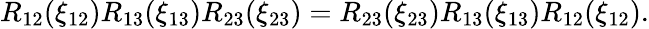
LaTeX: R_{12}(\xi_{12})R_{13}(\xi_{13})R_{23}(\xi_{23})=R_{23}(\xi_{23})R_{13}(\xi_{13})R_{12}(\xi_{12}).